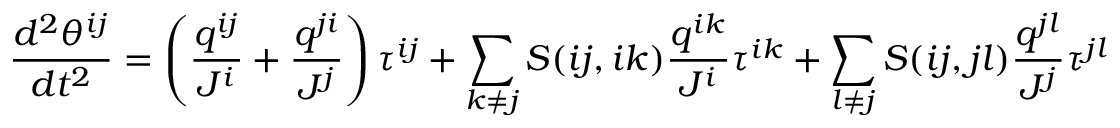
{ \frac { d ^ { 2 } \theta ^ { i j } } { d t ^ { 2 } } } = \left( { \frac { q ^ { i j } } { J ^ { i } } } + { \frac { q ^ { j i } } { J ^ { j } } } \right) \tau ^ { i j } + \sum _ { k \neq j } S ( i j , i k ) { \frac { q ^ { i k } } { J ^ { i } } } \tau ^ { i k } + \sum _ { l \neq j } S ( i j , j l ) { \frac { q ^ { j l } } { J ^ { j } } } \tau ^ { j l }